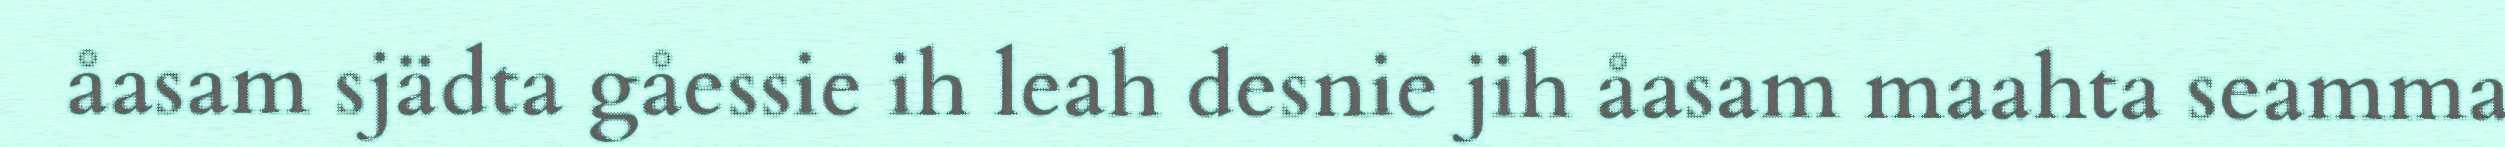
åasam sjädta gåessie ih leah desnie jih åasam maahta seamma